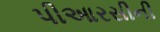
પીઆરસીની